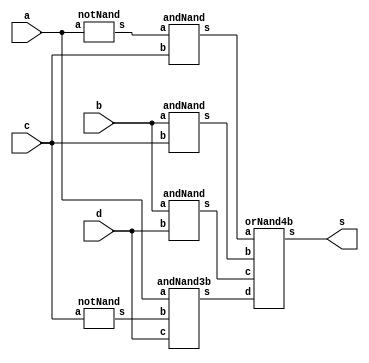
module Exercicio04(s, a, b, c, d);
	output s;
	input a, b, c, d;
	wire na, nc, t1, t2, t3, t4;
	notNand NOT1(na, a);
	notNand NOT2(nc, c);
	andNand AND1(t1, na, c);
	andNand AND2(t2, b, c);
	andNand AND3(t3, b, d);
	andNand3b AND4(t4, a, nc, d);
	orNand4b OR1(s, t1, t2, t3, t4);
endmodule

module notNand(s, a);
	output s;
	input a;
	nand NAND1(s, a, a);
endmodule

module andNand(s, a, b);
	output s;
	input a, b;
	wire temp;
	nand NAND1(temp, a, b);
	nand NAND2(s, temp, temp);
endmodule

module andNand3b(s, a, b, c);
	output s;
	input a, b, c;
	wire temp;
	nand NAND1(temp, a, b, c);
	nand NAND2(s, temp, temp);
endmodule

module orNand4b(s, a, b, c, d);
	output s;
	input a, b, c, d;
	wire t1, t2, t3, t4;
	nand NAND1(t1, a, a);
	nand NAND2(t2, b, b);
	nand NAND3(t3, c, c);
	nand NAND4(t4, d, d);
	nand NAND5(s, t1, t2, t3, t4);
endmodule

module testeExercicio04();
	reg a, b, c, d;
	wire s;
	integer linha, i, j, k, l;

	Exercicio04 CIRCUITO(s, a, b, c, d);

	initial begin
		a = 0;
		b = 0;
		c = 0;
		d = 0;
		linha = -1;
	end

	initial begin
		$display("Exercicio 04 - Douglas Borges - 417889\n");

		#1 $display("   a b c d  S");

		for(i = 0; i < 2; i = i + 1)begin
			a = i;
			for(j = 0; j < 2; j = j + 1)begin
				b = j;
				for(k = 0; k < 2; k = k + 1)begin
					c = k;
					for(l = 0; l < 2; l = l + 1)begin
						#1 d = l; linha = linha + 1;
						#1 $display("%2d %b %b %b %b  %b", linha, a, b, c, d, s);
					end
				end
			end
		end
	end

/*
Exercicio 04 - Douglas Borges - 417889

   a b c d  S
 0 0 0 0 0  0
 1 0 0 0 1  0
 2 0 0 1 0  1
 3 0 0 1 1  1
 4 0 1 0 0  0
 5 0 1 0 1  1
 6 0 1 1 0  1
 7 0 1 1 1  1
 8 1 0 0 0  0
 9 1 0 0 1  1
10 1 0 1 0  0
11 1 0 1 1  0
12 1 1 0 0  0
13 1 1 0 1  1
14 1 1 1 0  1
15 1 1 1 1  1
*/
endmodule